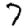
Digit: 7